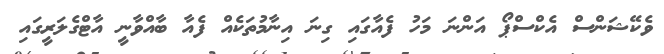
ވެކޭޝަންސް އެކްސްޕޯ އަންނަ މަހު ފެއާގައި ގިނަ އިނާމުތަކެއް ފެއާ ބާއްވާނީ އާޓްގެލަރީގައި